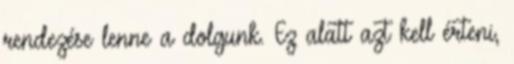
rendezése lenne a dolgunk. Ez alatt azt kell érteni,